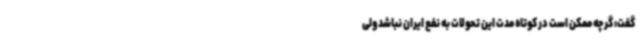
گفت: گرچه ممکن است در کوتاه مدت این تحولات به نفع ایران نباشد ولی